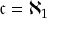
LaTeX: { \mathfrak { c } } = \aleph _ { 1 }